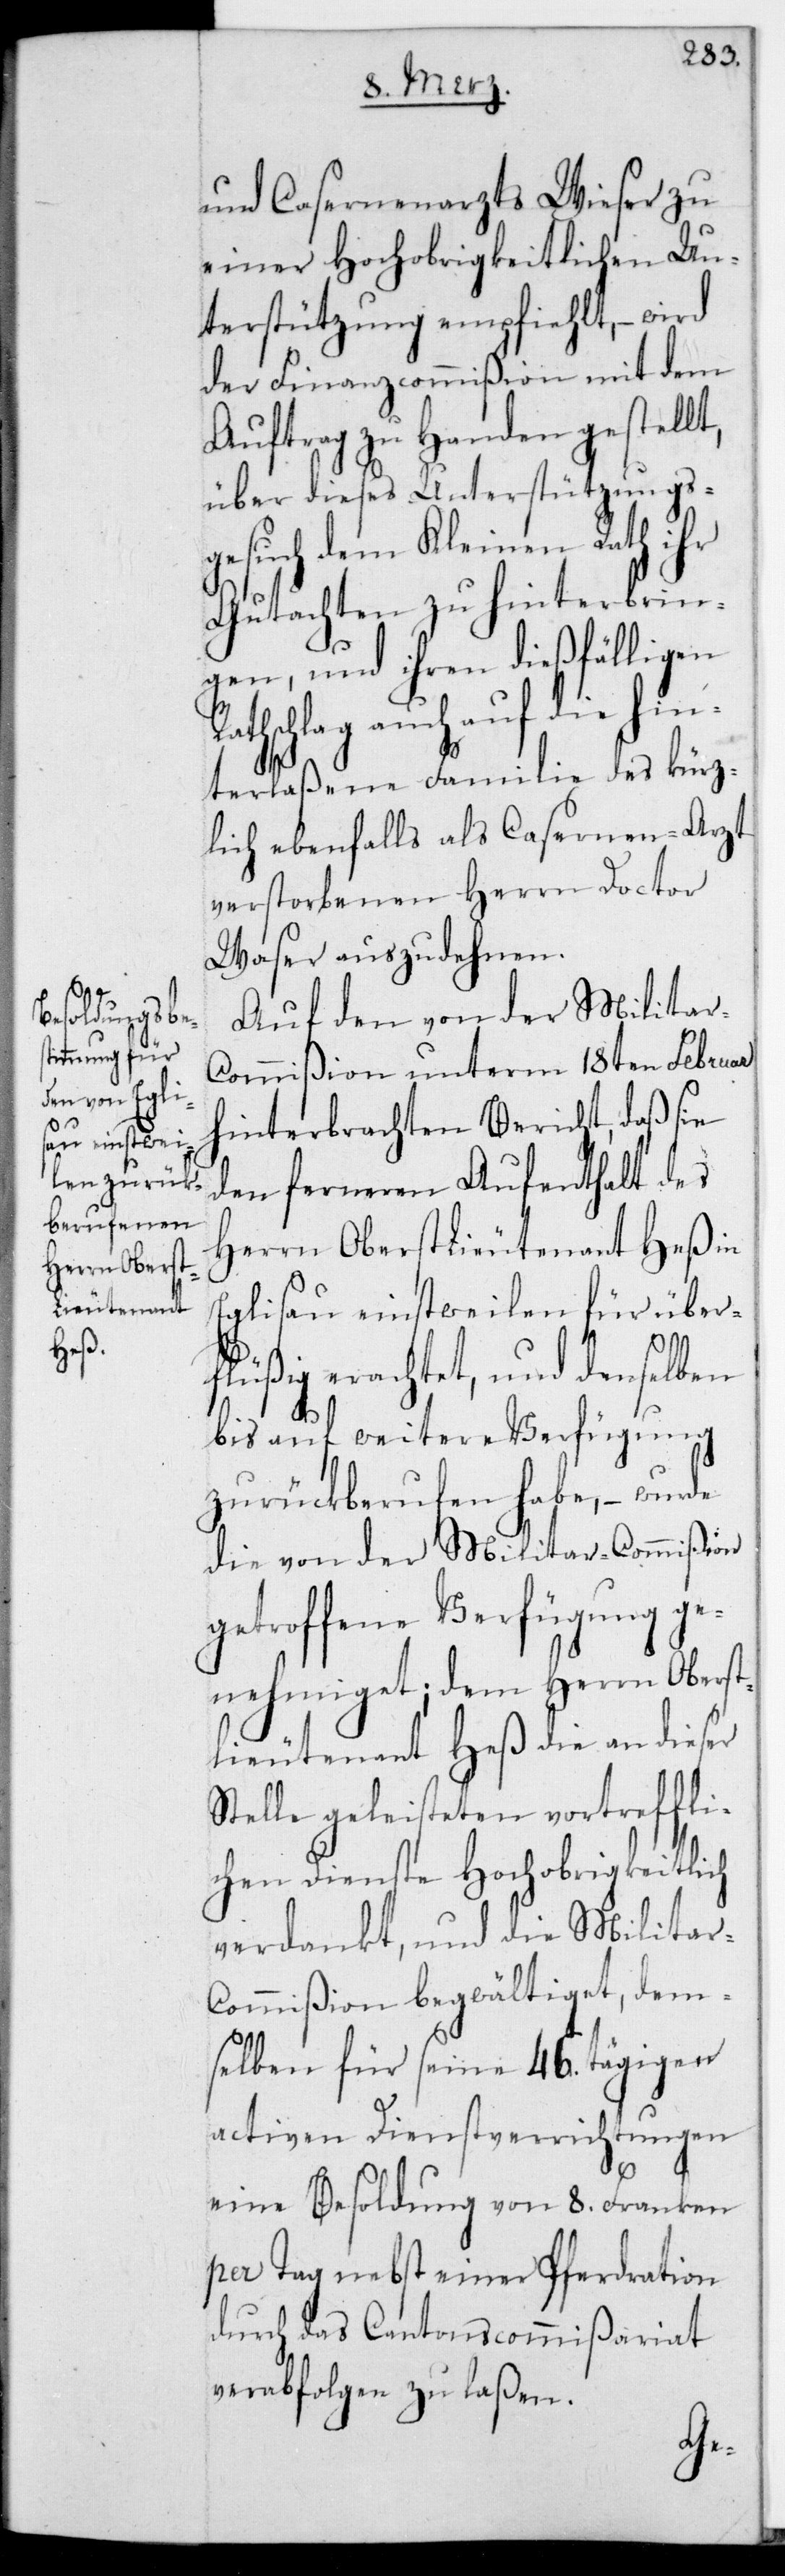
und Casernenarzts Wieser zu
einer Hochobrigkeitlichen Un¬
terstützung empfiehlt, – wird
der Finanzcommißion mit dem
Auftrag zu Handen gestellt,
über dieses Unterstützungs¬
gesuch dem Kleinen Rath ihr
Gutachten zu hinterbrin¬
gen, und ihren dießfälligen
hschlag auch auf die hin¬
terlaßene Familie des kürz¬
lich ebenfalls als Casernenarzt
verstorbenen Herrn Doctor
Waser auszudehnen.
Auf den von der Militar-C¬
ommißion unterm 18ten Februar
hinterbrachten Bericht, daß sie
den ferneren Aufenthalt des
Herrn Oberstlieutenant Heß in
Eglisau einstweilen für über¬
flüßig erachtet, und denselben
bis auf weitere Verfügung
zurückberufen habe, – wurde
die von der Militar-Commißion
getroffene Verfügung ge¬
nehmiget; dem Herrn Oberst¬
lieutenant Heß die an dieser
Stelle geleisteten vortreffli¬
chen Dienste Hochobrigkeitlich
verdankt, und die Militar-C¬
ommißion begwältiget, dem¬
selben für seine 46. tägigen
activen Dienstverrichtungen
eine Besoldung von 8. Franken
per Tag nebst einer Pferdration
durch das Cantonscommißariat
verabfolgen zu laßen.
Rat¬